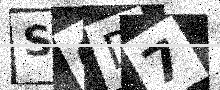
Text: SQD7